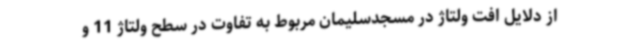
از دلایل افت ولتاژ در مسجدسلیمان مربوط به تفاوت در سطح ولتاژ 11 و